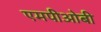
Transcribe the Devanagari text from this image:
एमपीओबी